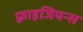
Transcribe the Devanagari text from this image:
फ़्राइजियन्स